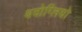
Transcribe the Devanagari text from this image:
बदोग्लियो